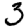
Digit: 3